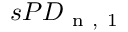
s P D _ { \mathrm { ~ n ~ , ~ 1 ~ } }